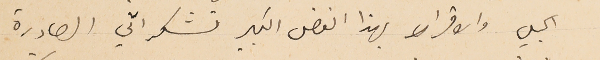
الجلي والاقرار بهذا الفضل الكبير تشكراتي الصادرة